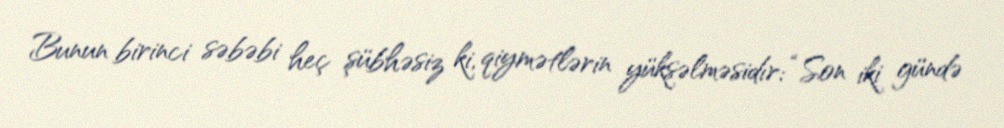
Bunun birinci səbəbi heç şübhəsiz ki, qiymətlərin yüksəlməsidır: “Son iki gündə